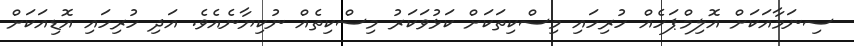
ސިނަމާއަކަށް އޮލިމްޕަހެއް ހުރިހައި މިސްކިތަކަށް ކަޅުވަކަރު މިސްކިތެއް ނުކިޔާނެއެވެ. އަދި ހުރިހައި އޮޑިއަކަށް